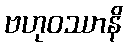
ဗဟုဝဿာနိ